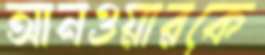
আনওয়ারকে